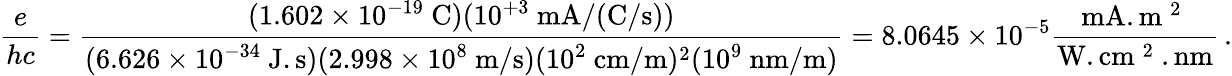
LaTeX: \frac{e}{hc}=\frac{(1.602\times 10^{-19}\mathrm{~C})(10^{+3}\mathrm{~mA/(C/s)})}{(6.626\times 10^{-34}\mathrm{~J.s})(2.998\times 10^{8}\mathrm{~m/s})(10^{2}\mathrm{~cm/m})^{2}(10^{9}\mathrm{~nm/m})}=8.0645\times 10^{-5}\frac{\mathrm{mA.m~^2~}}{\mathrm{W.cm~^2~.nm}}\, .